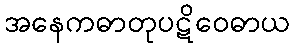
အနေကဓာတုပဋိဝေဓာယ